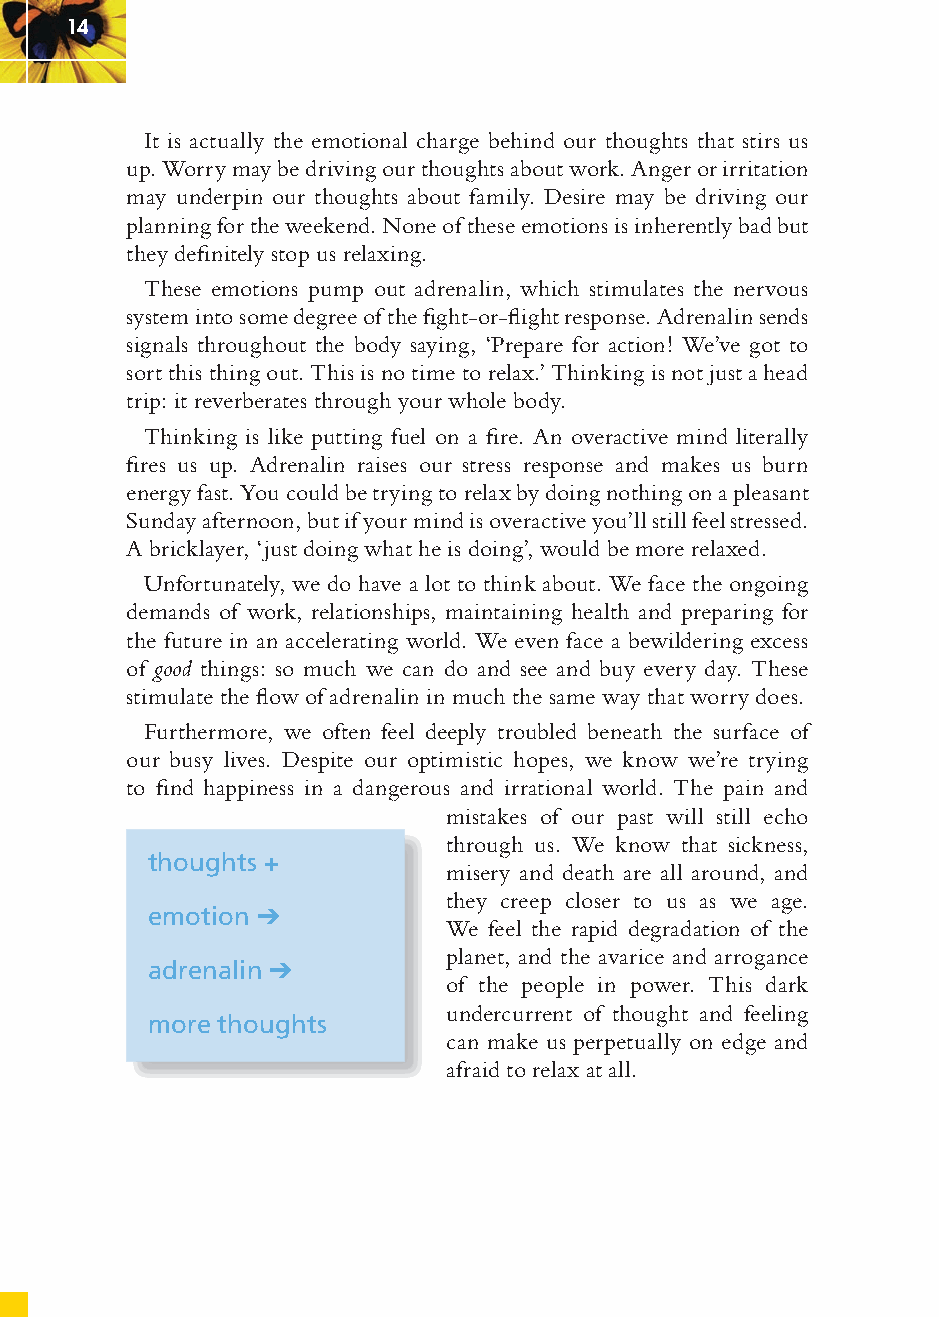
14
 It is actually the emotional charge behind our thoughts that stirs us
 up. Worry may be driving our thoughts about work. Anger or irritation
 may underpin our thoughts about family. Desire may be driving our
 planning for the weekend. None of these emotions is inherently bad but
 they defi nitely stop us relaxing.
 These emotions pump out adrenalin, which stimulates the nervous
 system into some degree of the fi ght-or-fl ight response. Adrenalin sends
 signals throughout the body saying, ‘Prepare for action! We’ve got to
 sort this thing out. This is no time to relax.’ Thinking is not just a head
 trip: it reverberates through your whole body.
 Thinking is like putting fuel on a fi re. An overactive mind literally
 fi res us up. Adrenalin raises our stress response and makes us burn
 energy fast. You could be trying to relax by doing nothing on a pleasant
 Sunday afternoon, but if your mind is overactive you’ll still feel stressed.
 A bricklayer, ‘just doing what he is doing’, would be more relaxed.
 Unfortunately, we do have a lot to think about. We face the ongoing
 demands of work, relationships, maintaining health and preparing for
 the future in an accelerating world. We even face a bewildering excess
 of good things: so much we can do and see and buy every day. These
 stimulate the fl ow of adrenalin in much the same way that worry does.
 Furthermore, we often feel deeply troubled beneath the surface of
 our busy lives. Despite our optimistic hopes, we know we’re trying
 to fi nd happiness in a dangerous and irrational world. The pain and
 mistakes of our past will still echo
 through us. We know that sickness,
 thoughts +
 misery and death are all around, and
 they creep closer to us as we age.
 emotion ➔
 We feel the rapid degradation of the
 planet, and the avarice and arrogance
 adrenalin ➔
 of the people in power. This dark
 undercurrent of thought and feeling
 more thoughts
 can make us perpetually on edge and
 afraid to relax at all.
 ffiivvee__220000667788..iinndddd SSeecc11::1188     3300//55//0055 55::0033::2255 PPMM